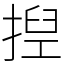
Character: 揑